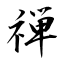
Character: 禅